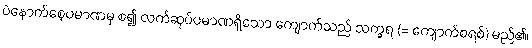
ပဲနောက်စေ့ပမာဏမှ စ၍ လက်ဆုပ်ပမာဏရှိသော ကျောက်သည် သက္ခရ (= ကျောက်စရစ်) မည်၏၊